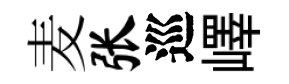
麦张巡嶧